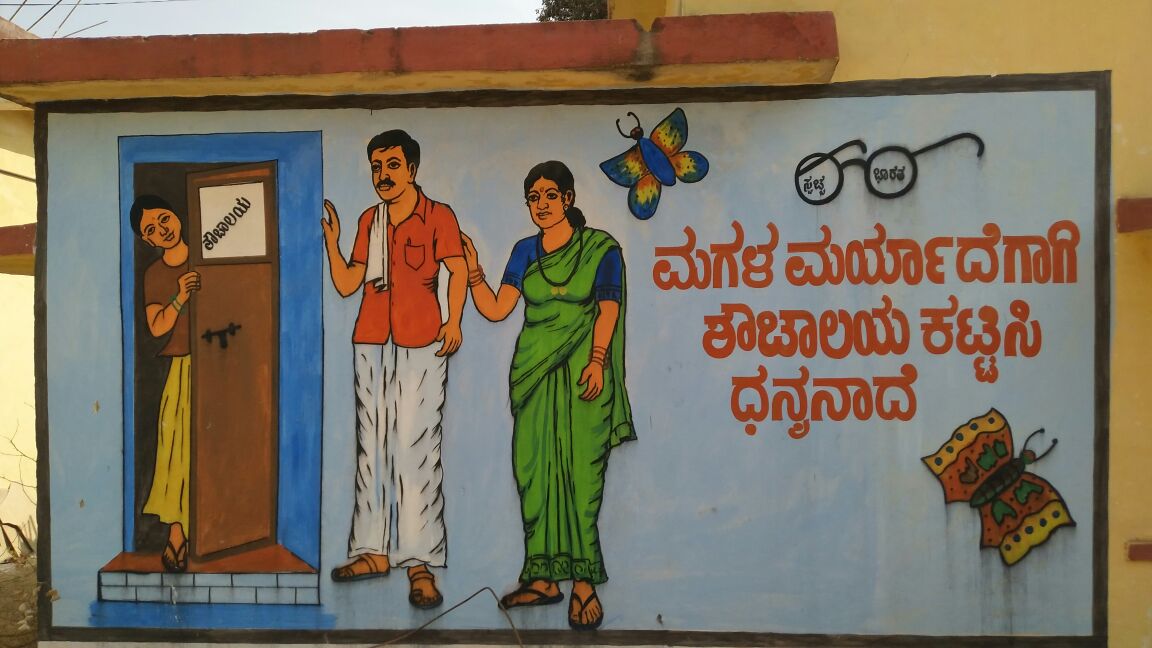
Language: kannada
Transcription: ಕಟ್ಟಸಿ ಮಗಳ ಧನ್ಯನಾದೆ ಮರ್ಯಾದೆಗಾಗಿ